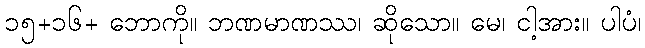
၁၅+၁၆+ ဘောကို။ ဘဏမာဏဿ၊ ဆိုသော။ မေ၊ ငါ့အား။ ပါပံ၊